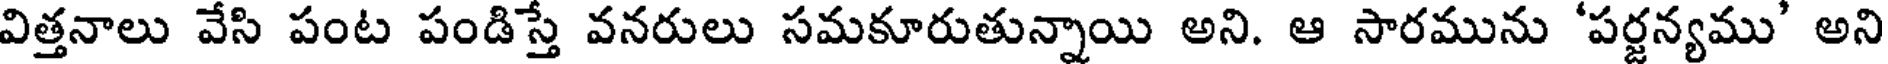
విత్తనాలు వేసి పంట పండిస్తే వనరులు సమకూరుతున్నాయి అని. ఆ సారమును 'పర్జన్యము' అని